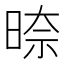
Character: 𭦛